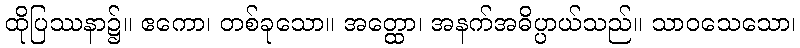
ထိုပြဿနာ၌။ ဧကော၊ တစ်ခုသော။ အတ္ထော၊ အနက်အဓိပ္ပာယ်သည်။ သာဝသေသော၊